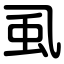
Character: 虱